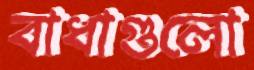
বাধাগুলো